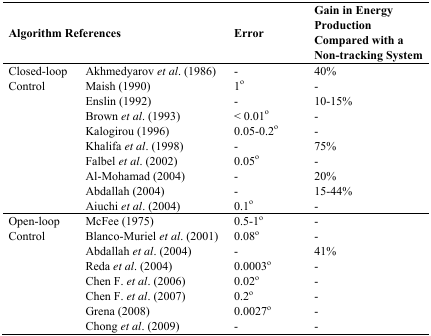
| Algorithm | References | Error | Gain in Energy Production Compared with a Non-tracking System |
 | --- | --- | --- | --- |
 | <ROWSPAN=10> Closed-loop Control | Akhmedyarov et al. (1986) | - | 40% |
 | Maish (1990) | 1° | - |
 | Enslin (1992) | - | 10-15% |
 | Brown et al. (1993) | < 0.01° | - |
 | Kalogirou (1996) | 0.05-0.2° | - |
 | Khalifa et al. (1998) | - | 75% |
 | Falbel et al. (2002) | 0.05° | - |
 | Al-Mohamad (2004) | - | 20% |
 | Abdallah (2004) | - | 15-44% |
 | Aiuchi et al. (2004) | 0.1° | - |
 | <ROWSPAN=8> Open-loop Control | McFee (1975) | 0.5-1° | - |
 | Blanco-Muriel et al. (2001) | 0.08° | - |
 | Abdallah et al. (2004) | - | 41% |
 | Reda et al. (2004) | 0.0003° | - |
 | Chen F. et al. (2006) | 0.02° | - |
 | Chen F. et al. (2007) | 0.2° | - |
 | Grena (2008) | 0.0027° | - |
 | Chong et al. (2009) | - | - |